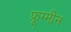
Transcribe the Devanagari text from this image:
फ्रूग्मीन